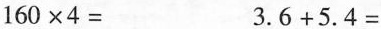
$$1 6 0 \times 4 =$$$$3 . 6 + 5 . 4 =$$